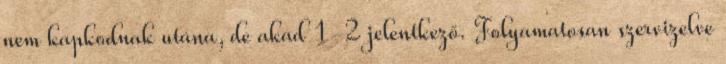
nem kapkodnak utána, de akad 1-2 jelentkező. Folyamatosan szervizelve